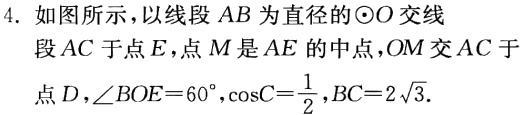
4. 如图所示，以线段 \(AB\) 为直径的\(\odot O\)交线段 \(AC\) 于点 \(E\)，点 \(M\) 是\(\overset{\frown}{AE}\) 的中点，\(OM\) 交 \(AC\) 于点 \(D\)，\(\angle BOE = 60^{\circ}\)，\(\cos C=\frac{1}{2}\)，\(BC = 2\sqrt{3}\).